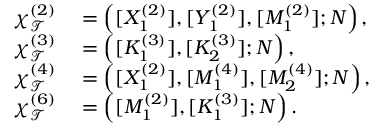
\begin{array} { r l } { \chi _ { \mathcal { T } } ^ { ( 2 ) } } & { { } = \left( [ X _ { 1 } ^ { ( 2 ) } ] , [ Y _ { 1 } ^ { ( 2 ) } ] , [ M _ { 1 } ^ { ( 2 ) } ] ; N \right) , } \\ { \chi _ { \mathcal { T } } ^ { ( 3 ) } } & { { } = \left( [ K _ { 1 } ^ { ( 3 ) } ] , [ K _ { 2 } ^ { ( 3 ) } ] ; N \right) , } \\ { \chi _ { \mathcal { T } } ^ { ( 4 ) } } & { { } = \left( [ X _ { 1 } ^ { ( 2 ) } ] , [ M _ { 1 } ^ { ( 4 ) } ] , [ M _ { 2 } ^ { ( 4 ) } ] ; N \right) , } \\ { \chi _ { \mathcal { T } } ^ { ( 6 ) } } & { { } = \left( [ M _ { 1 } ^ { ( 2 ) } ] , [ K _ { 1 } ^ { ( 3 ) } ] ; N \right) . } \end{array}